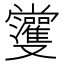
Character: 𱑾